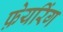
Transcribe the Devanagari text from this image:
फ़ेयरिंग